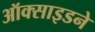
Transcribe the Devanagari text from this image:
ऑक्साइडने